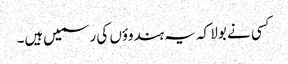
کسی نے بولا کہ یہ ہندوؤں کی رسمیں‌ہیں۔